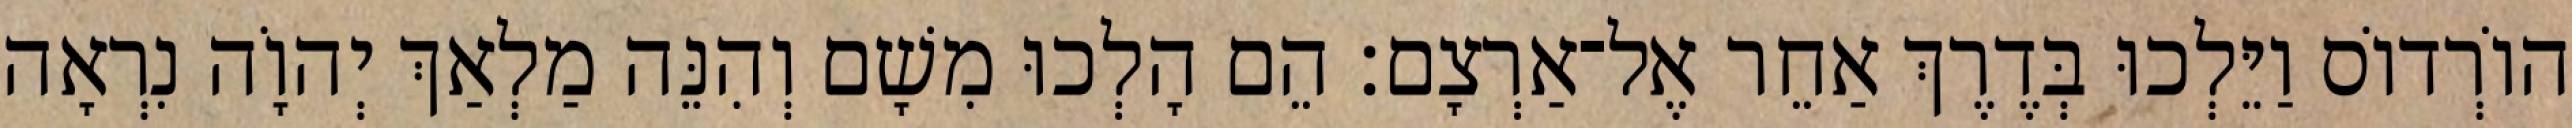
הוֹרְדוֹס וַיֵּלְכוּ בְּדֶרֶךְ אַחֵר אֶל־אַרְצָם׃ הֵם הָלְכוּ מִשָׁם וְהִנֵּה מַלְאַךְ יְהוָֹה נִרְאָה